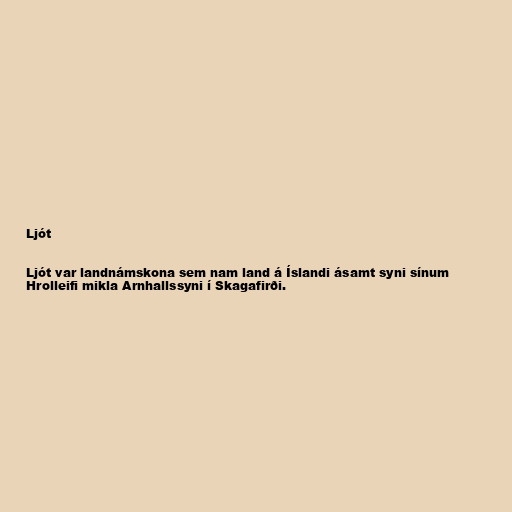
Ljót

Ljót var landnámskona sem nam land á Íslandi ásamt syni sínum
Hrolleifi mikla Arnhallssyni í Skagafirði.